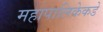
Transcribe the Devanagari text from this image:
महापालिकेकडे